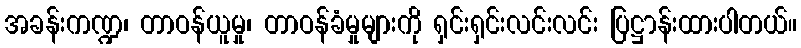
အခန်းကဏ္ဍ၊ တာဝန်ယူမှု၊ တာဝန်ခံမှုများကို ရှင်းရှင်းလင်းလင်း ပြဋ္ဌာန်းထားပါတယ်။